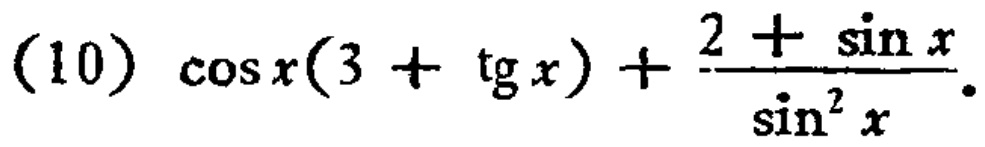
\((10)\ \cos x(3 + \tg x) + \frac{2 + \sin x}{\sin^{2} x}\)